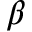
\beta